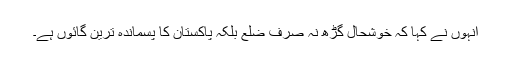
انہوں نے کہا کہ خوشحال گڑھ نہ صرف ضلع بلکہ پاکستان کا پسماندہ ترین گائوں ہے۔